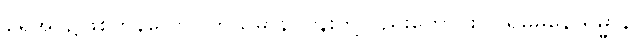
ရေအိုင်၌ဖြစ်ကုန်သော။ ကုသုမာနိ၊ ပန်းတို့လည်းကောင်း။ ပရမမနောရမ္မာနိ၊